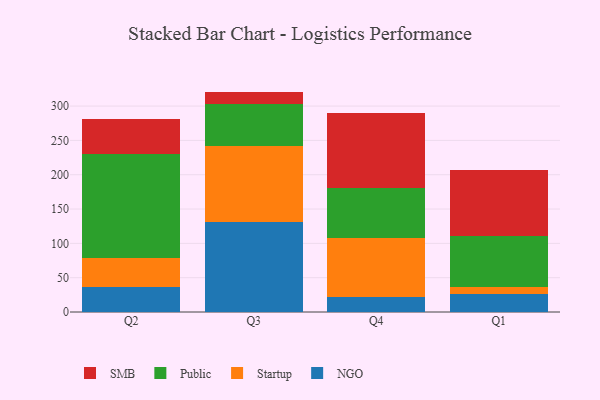
{"axis": {"x": "Quarter", "y": "Bounce Rate (%)"}, "legend": ["NGO", "Public", "SMB", "Startup"], "data": [{"x": "Q2", "y": 36.2, "type": "NGO"}, {"x": "Q2", "y": 42.3, "type": "Startup"}, {"x": "Q2", "y": 151.1, "type": "Public"}, {"x": "Q2", "y": 52.2, "type": "SMB"}, {"x": "Q3", "y": 130.7, "type": "NGO"}, {"x": "Q3", "y": 110.9, "type": "Startup"}, {"x": "Q3", "y": 61.7, "type": "Public"}, {"x": "Q3", "y": 17.8, "type": "SMB"}, {"x": "Q4", "y": 22.3, "type": "NGO"}, {"x": "Q4", "y": 85.6, "type": "Startup"}, {"x": "Q4", "y": 72.2, "type": "Public"}, {"x": "Q4", "y": 110.5, "type": "SMB"}, {"x": "Q1", "y": 25.9, "type": "NGO"}, {"x": "Q1", "y": 9.9, "type": "Startup"}, {"x": "Q1", "y": 75.5, "type": "Public"}, {"x": "Q1", "y": 95.6, "type": "SMB"}]}